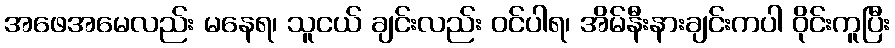
အဖေအမေလည်း မနေရ၊ သူငယ် ချင်းလည်း ဝင်ပါရ၊ အိမ်နီးနားချင်းကပါ ဝိုင်းကူပြီး